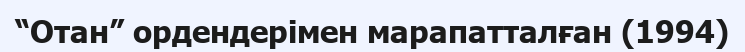
“Отан” ордендерімен марапатталған (1994)